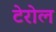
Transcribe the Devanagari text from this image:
टेरोल